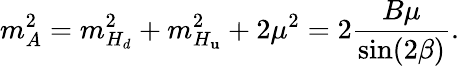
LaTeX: m_{A}^{2}=m_{H_{d}}^{2}+m_{H_{\mathbf{u}}}^{2}+2\mu^{2}=2{\frac{{B\mu}}{{\sin(2\beta)}}}.